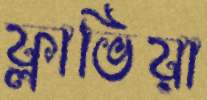
ফ্লাভিয়া